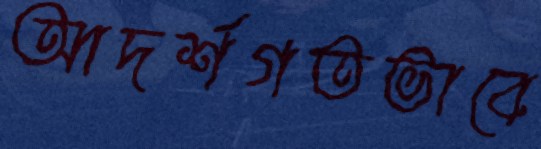
আদর্শগতভাবে